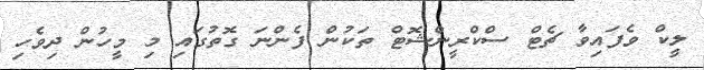
ލީކް ވެފައިވާ ޗެޓް ސްކްރީންޝޮޓް ތަކުން ފެންނަ ގޮތުގައި މި މީހުން ދިވެހި